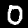
Digit: 0